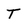
Character: T